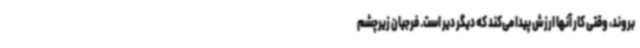
بروند، وقتی کار آنها ارزش پیدا می‌کند که دیگر دیر است. فرجیان زیرچشم